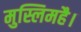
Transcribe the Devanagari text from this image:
मुस्लिमहै।